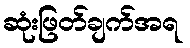
ဆုံးဖြတ်ချက်အရ